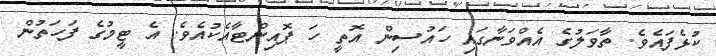
ކުޅެފައެވެ. ތާވަލުގެ އެއްވަނާގައި ހައުސިން އޮތީ ހަ ޕޮއިންޓާއެކުއެވެ. އެ ޓީމުގެ ފަހަތުން